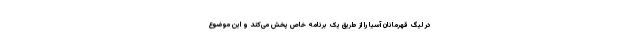
در لیگ قهرمانان آسیا را از طریق یک برنامه خاص پخش می‌کند و این موضوع